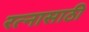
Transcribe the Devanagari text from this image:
रत्‍नासाठी